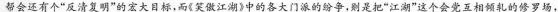
帮会还有个”反清复明”的宏大目标，而《笑傲江湖》中的各大门派的纷争，则是把”江湖”这个会党互相倾轧的修罗场，